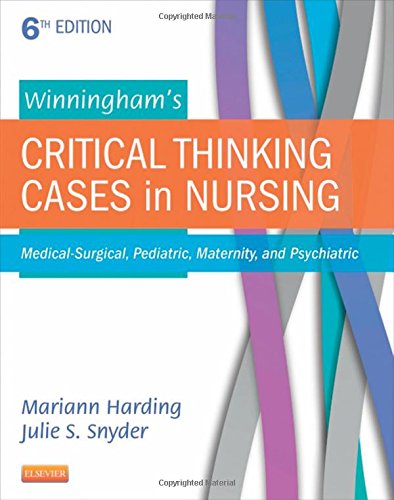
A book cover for Winningham's Critical Thinking Cases in Nursing: Medical-Surgical, Pediatric, Maternity, and Psychiatric, 6e; Mariann M. Harding PhD  RN  CNE; Medical Books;